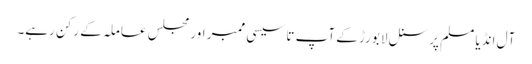
آل انڈیا مسلم پرسنل لا بورڑ کے آپ تاسیسی ممبر اور مجلس عاملہ کے رکن رہے۔